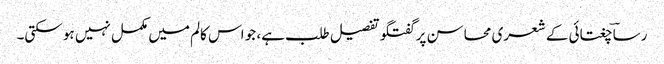
رساؔ چغتائی کے شعری محاسن پر گفتگو تفصیل طلب ہے، جو اس کالم میں مکمل نہیں ہو سکتی۔